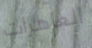
العاهرات